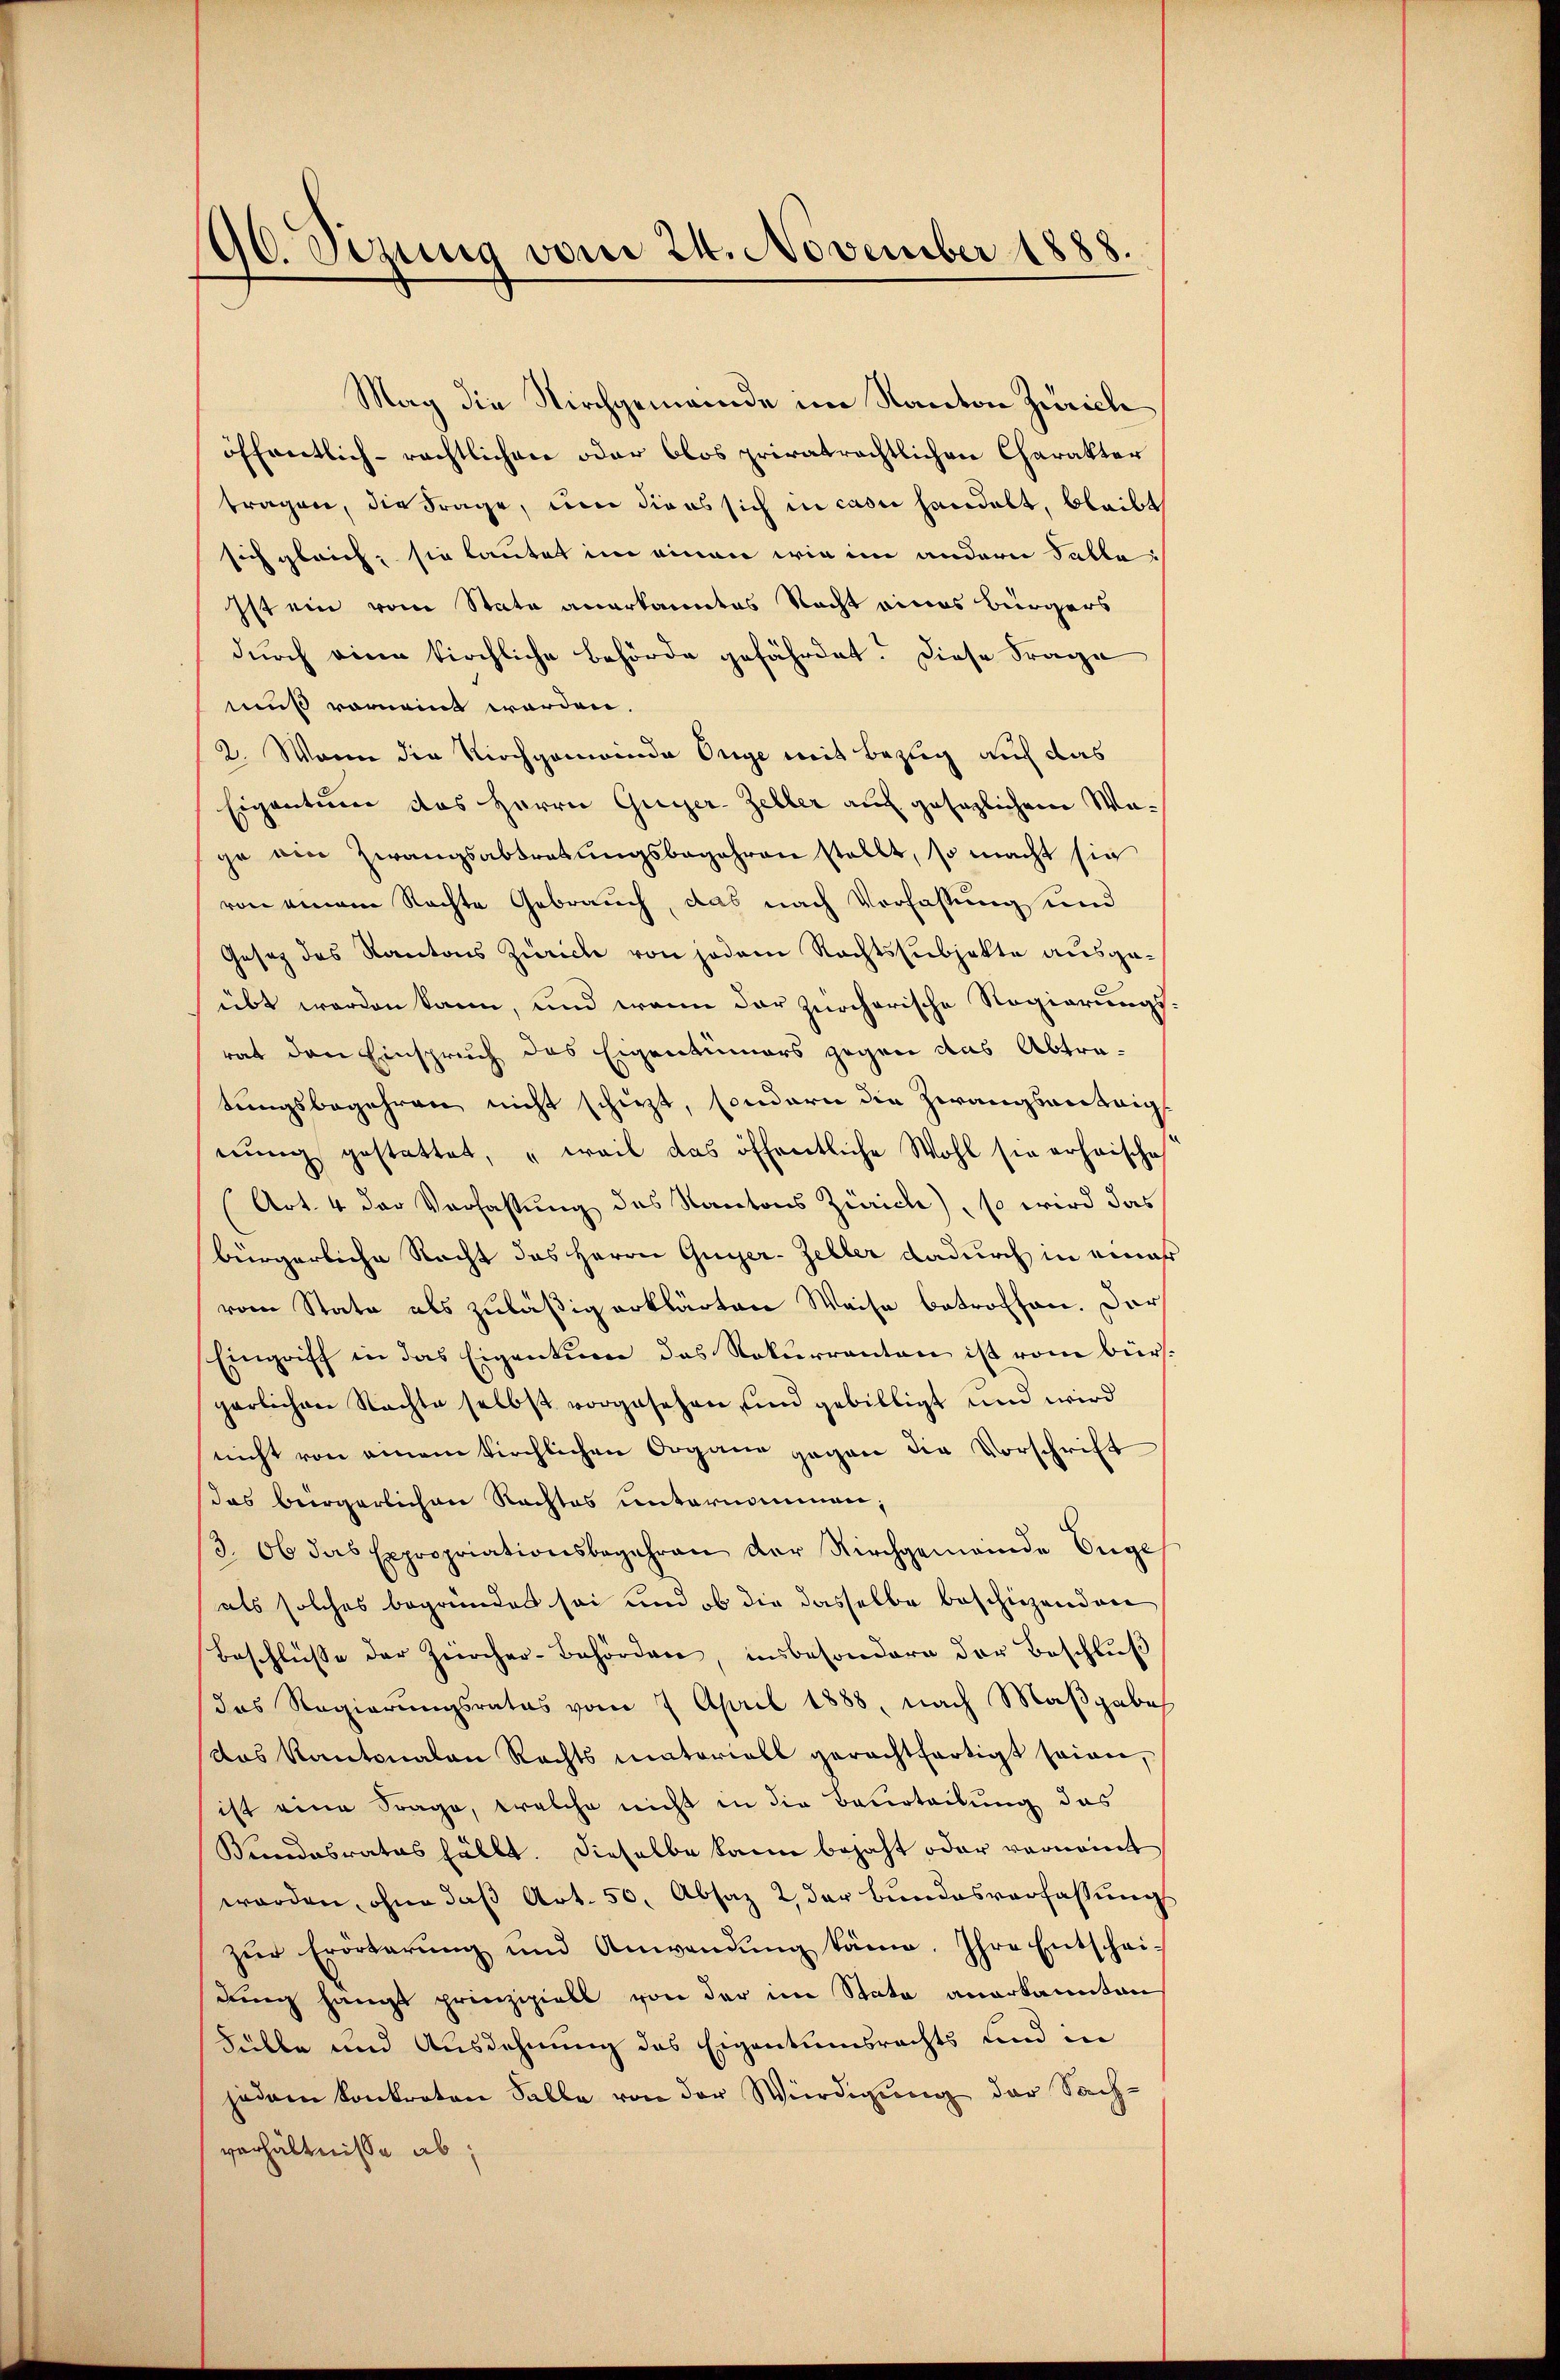
90. Sizung vom 24. November 1888.

Mag die Kirchgemeinde im Kanton Zürich
öffentlich-rechtlichen oder blos privatrechtlichen Charakter
tragen, die Frage, um diens sich in casu handelt, bleibt
sich gleich, sie lautet im einen wie im andern Falle:
Ist ein vom Stata anerkanntes Recht eines Bürgers
durch eine kirchliche Behörde gefährdet. Diese Frage
muß vornennt worden.
2. Wenn die Kirchgemeinde Orge mit Bezug auf das
Eigentum das Herrn Guyer-Zeller auf gesezlichem Wage ein Zwangsabtretungsbegehren stellt, so macht sic
von einem Nachte Gebrauch, das nach Verfassung und
Gesetz des Kantons Zürich von jedem Rechtssubjekte ausgeübt werden kann, und wenn der zürcherische Regierungsrat den Einspruch des Eigentümers gegen das Abtratungsbegehren nicht schitzt, sondern die Zwangsantrig
nŭng gestattet, „weil das öffentliche Wohl sie erheische
(Art. 4 der Verfassung des Kantons Zürich), so wird das
bürgerliche Recht des Herrn Guyer-Zeller dadurch in einer
vom State als zuläßig erklärten Weise betroffen. Dars
Eingriff in das Eigentum das Nokurrenten ist vom bürs.
pärlichen Nachte selbst vorgesehen und gebilligt und wird
nicht von einem kirchlichen Organe gegen die Vorschrift
das beergerlichen Nachtes unternommen;
3. Ob das Expropriationsbegehren der Kirchgemeinde Enge
als solches begründet sei und ob die dasselbe beschiehenden
Beschlüsse der Zürcher-Behörden, insbesondern der Beschlŭβ
das Regierungsrates vom 7. April 1888, nach Maßgabe
das Kantonalan Rechts materiall gerachtfertigt seien,
ist eine Frage, welche nicht in die Beurteilung das
Kundesrates fällt. Dieselbe kann bejaht oder vernannt
worden, ohne daß Art. 50, Absaz 2 der bundesverfassung
zŭr Erörterung und Anwendung käme. Ihre Entscheidung hängt prinzipiell von der im Stata anerkannten
Fülle und Ausdehnung des Eigentumsrechts und in
jedem konkreten Falle von der Würdigung der Sachverhältnisse ab,